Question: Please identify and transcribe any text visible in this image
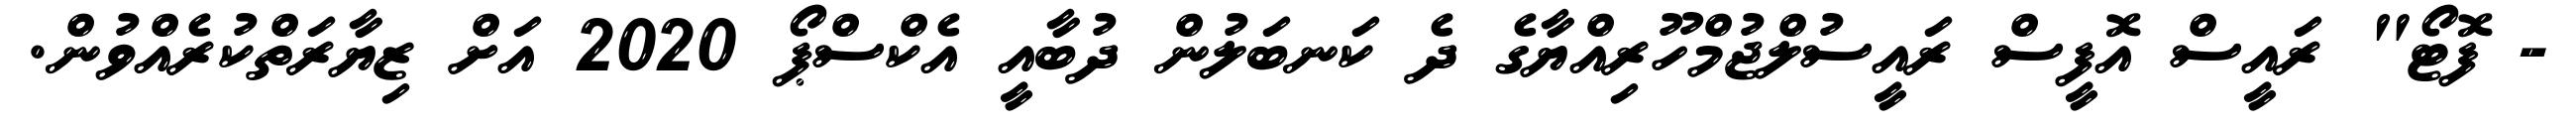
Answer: - ފޮޓޯ" ރައީސް އޮފީސް ރައީސުލްޖުމްހޫރިއްޔާގެ ދެ ކަނބަލުން ދުބާއީ އެކްސްޕޯ 2020 އަށް ޒިޔާރަތްކުރެއްވުން.